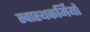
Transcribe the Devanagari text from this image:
स्वास्थकर्मियों